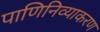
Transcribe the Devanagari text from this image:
पाणिनिव्याकरण